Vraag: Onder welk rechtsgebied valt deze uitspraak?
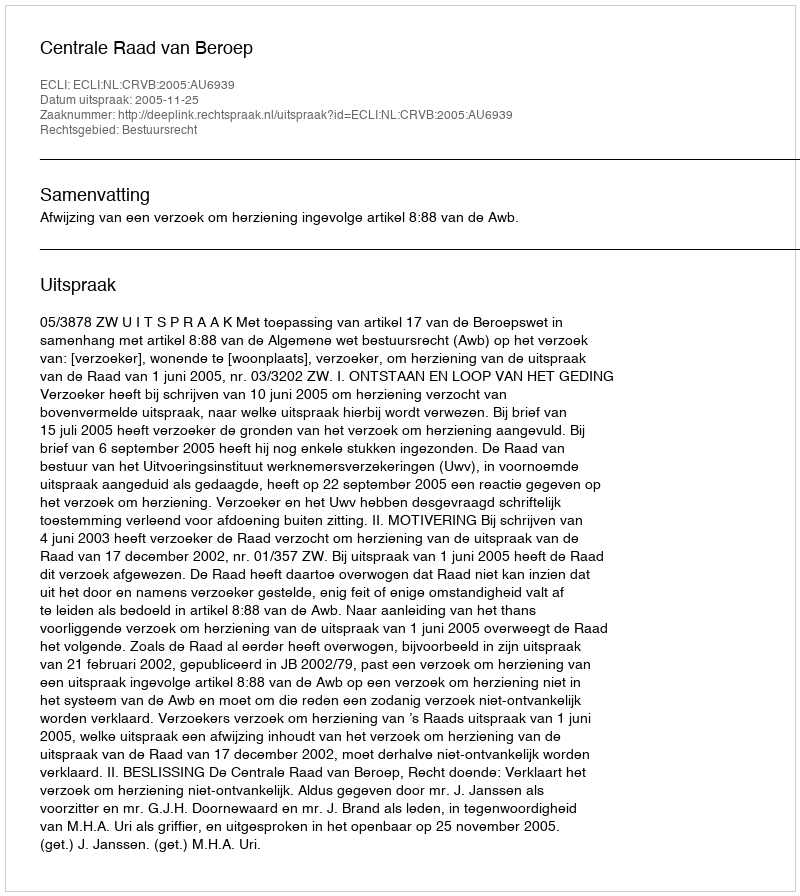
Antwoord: Bestuursrecht